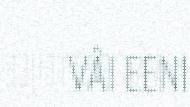
VÂI EENI